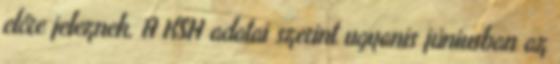
előre jeleznek. A KSH adatai szerint ugyanis júniusban az